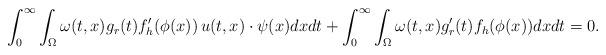
LaTeX: \begin{align*}\int_{0}^\infty \int_{\Omega} \omega(t,x) g_r(t) f_h'(\phi(x))\, u(t,x)\cdot \psi(x) dxdt + \int_{0}^\infty \int_{\Omega} \omega(t,x) g_r'(t) f_h(\phi(x)) dxdt =0.\end{align*}